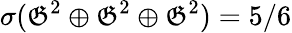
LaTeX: \sigma({\mathfrak{G}}^{2}\oplus{\mathfrak{G}}^{2}\oplus{\mathfrak{G}}^{2})=5/6